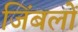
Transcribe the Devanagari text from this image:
जिंबलों